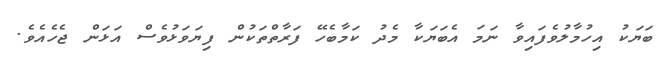
ބަޔަކު އިހުމާލުވެފައިވާ ނަމަ އެބަޔަކާ މެދު ކަމާބެހޭ ފަރާތްތަކުން ފިޔަވަޅުވެސް އަޅަން ޖެހެއެވެ.